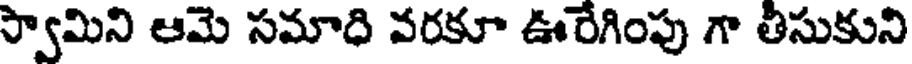
స్వామిని ఆమె సమాది వరకూ ఊరేగింపు గా తీసుకుని